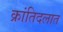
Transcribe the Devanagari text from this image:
क्रांतिदलात